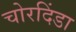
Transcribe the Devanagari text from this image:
चोरदिंडा